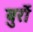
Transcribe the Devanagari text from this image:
बुर्रो